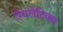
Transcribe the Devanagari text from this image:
ऍथलेटिक्स